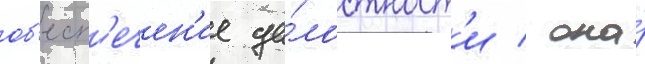
об'есп'ечен'ие це́лостност'и / она́